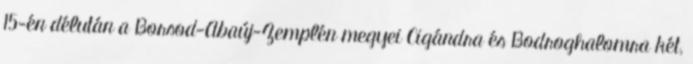
15-én délután a Borsod-Abaúj-Zemplén megyei Cigándra és Bodroghalomra két,